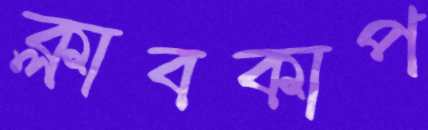
ক্লাবকাপ